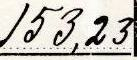
153,23